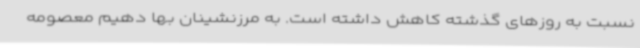
نسبت به روزهای گذشته کاهش داشته است. به مرزنشینان بها دهیم معصومه